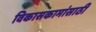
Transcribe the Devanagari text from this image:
विकासकामांसाठी